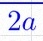
2a